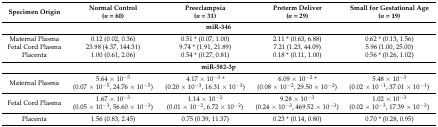
| Specimen Origin | Normal Control (n = 60) | Preeclampsia (n = 31) | Preterm Deliver (n = 29) | Small for Gestational Age (n = 19) |
 | --- | --- | --- | --- | --- |
 | <COLSPAN=5> miR-346 |
 | Maternal Plasma | 0.12 (0.02, 0.36) | 0.51 * (0.07, 1.00) | 2.11 * (0.63, 6.88) | 0.62 * (0.13, 1.56) |
 | Fetal Cord Plasma | 23.98 (4.37, 144.31) | 9.74 * (1.91, 21.89) | 7.21 (1.23, 44.09) | 5.96 (1.00, 25.00) |
 | Placenta | 1.00 (0.61, 2.06) | 0.54 * (0.27, 0.81) | 0.18 * (0.11, 1.00) | 0.56 * (0.26, 1.02) |
 | <COLSPAN=5> miR-582-3p |
 | Maternal Plasma | 5.64 × 10−5 (0.07 × 10−5, 24.76 × 10−5) | 4.17 × 10−3 * (0.20 × 10−3, 16.31 × 10−3) | 6.09 × 10−2 * (0.08 × 10−2, 29.50 × 10−2) | 5.48 × 10−3 (0.02 × 10−1, 37.01 × 10−1) |
 | Fetal Cord Plasma | 1.67 × 10−3 (0.05 × 10−3, 56.60 × 10−3) | 1.14 × 10−2 (0.01 × 10−2, 6.72 × 10−2) | 9.28 × 10−3 (0.24 × 10−3, 469.52 × 10−3) | 1.02 × 10−3 (0.02 × 10−3, 17.39 × 10−3) |
 | Placenta | 1.56 (0.83, 2.45) | 0.75 (0.39, 11.37) | 0.23 * (0.14, 0.80) | 0.70 * (0.28, 0.95) |